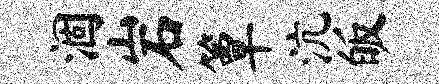
涸岩簟沆皈